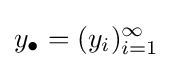
y_{\bullet }=(y_{i})_{i=1}^{\infty }